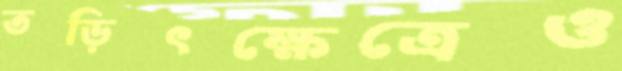
তড়িৎক্ষেত্রেও